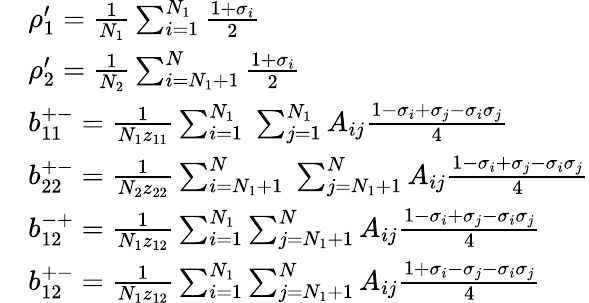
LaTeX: \begin{array}{rl}&{\rho_{1}^{\prime}=\frac{1}{N_{1}}\sum_{i=1}^{N_{1}}\frac{1+\sigma_{i}}{2}}\\ &{\rho_{2}^{\prime}=\frac{1}{N_{2}}\sum_{i=N_{1}+1}^{N}\frac{1+\sigma_{i}}{2}}\\ &{b_{11}^{+-}=\frac{1}{N_{1}z_{11}}\sum_{i=1}^{N_{1}}\; \sum_{j=1}^{N_{1}}A_{ij}\frac{1-\sigma_{i}+\sigma_{j}-\sigma_{i}\sigma_{j}}{4}}\\ &{b_{22}^{+-}=\frac{1}{N_{2}z_{22}}\sum_{i=N_{1}+1}^{N}\; \sum_{j=N_{1}+1}^{N}A_{ij}\frac{1-\sigma_{i}+\sigma_{j}-\sigma_{i}\sigma_{j}}{4}}\\ &{b_{12}^{-+}=\frac{1}{N_{1}z_{12}}\sum_{i=1}^{N_{1}}\sum_{j=N_{1}+1}^{N}A_{ij}\frac{1-\sigma_{i}+\sigma_{j}-\sigma_{i}\sigma_{j}}{4}}\\ &{b_{12}^{+-}=\frac{1}{N_{1}z_{12}}\sum_{i=1}^{N_{1}}\sum_{j=N_{1}+1}^{N}A_{ij}\frac{1+\sigma_{i}-\sigma_{j}-\sigma_{i}\sigma_{j}}{4}}\end{array}